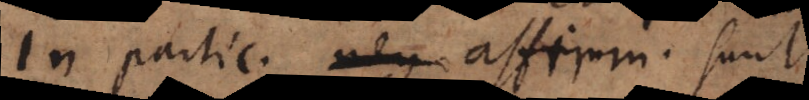
In partic. affirm. sunt